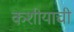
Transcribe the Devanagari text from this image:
कशीयाची